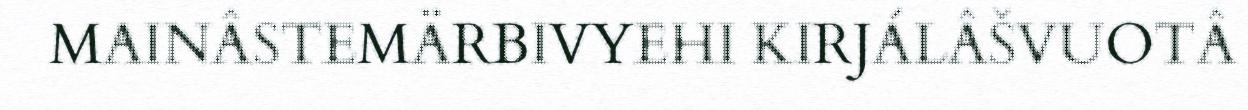
MAINÂSTEMÄRBIVYEHI KIRJÁLÂŠVUOTÂ